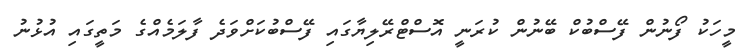
މީހަކު ފޯނުން ފޭސްބުކް ބޭނުން ކުރަނީ އޮސްޓްރޭލިޔާގައި ފޭސްބުކަށްވަދެ ފާލަމެއްގެ މަތީގައި އުޅުނު